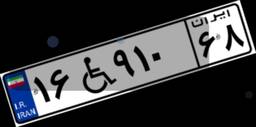
۱۶W۹۱۰۶۸